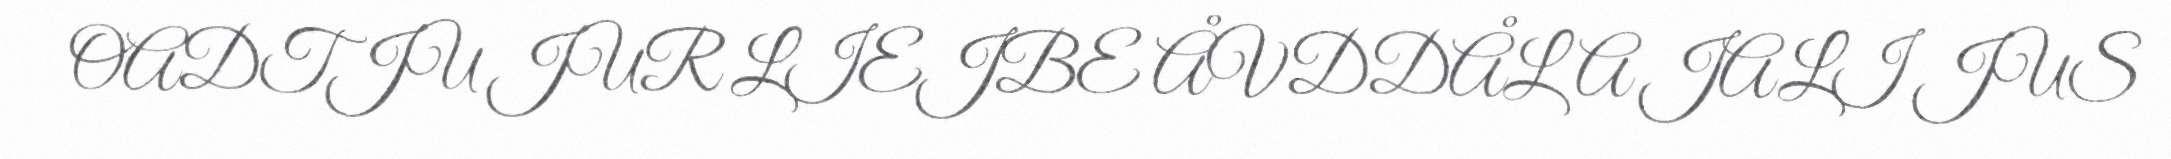
OADTJU JUR LIEJBE ÅVDDÅLA JALI JUS